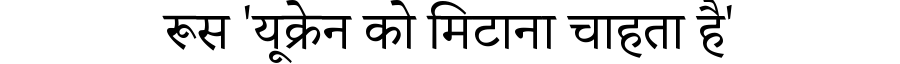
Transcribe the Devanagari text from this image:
रूस 'यूक्रेन को मिटाना चाहता है'